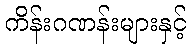
ကိန်းဂဏန်းများနှင့်